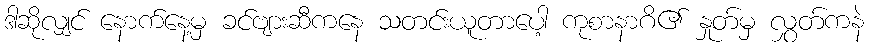
ဒါဆိုလျှင် နောက်နေ့မှ ခင်ဗျားဆီကနေ သတင်းယူတာပေါ့ ကုစာနာဂိ၏ နှုတ်မှ လွှတ်ကနဲ